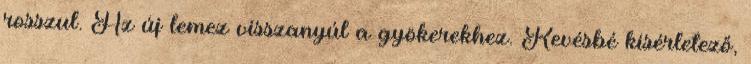
rosszul. Az új lemez visszanyúl a gyökerekhez. Kevésbé kísérletező,